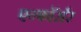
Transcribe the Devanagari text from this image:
एन्फाॅर्सर